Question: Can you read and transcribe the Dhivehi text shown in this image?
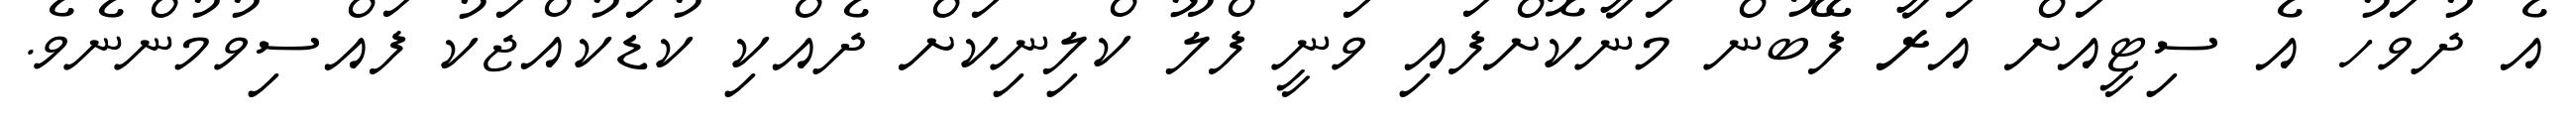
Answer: އެ ދުވަހު އެ ސިޓީއަށް އަރާ ފޭބުން މަނާކޮށްފައި ވަނީ ފްލޫ ކްލިނިކަށް ދެއްކި ކުޑަކުއްޖަކު ފައްސިވުމުންނެވެ.